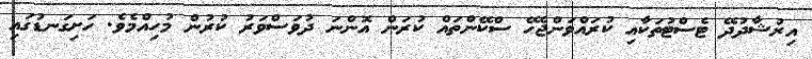
އިރުޝާދުދޭ ޓެސްޓުތަކާއި ކުރައްވަންޖެހޭ ސްކޭންތައް ކުރަން އޮންނަ ދުވަސްވަރު ކުރުން މުހިއްމެވެ. ހަށިގަނޑުގައި